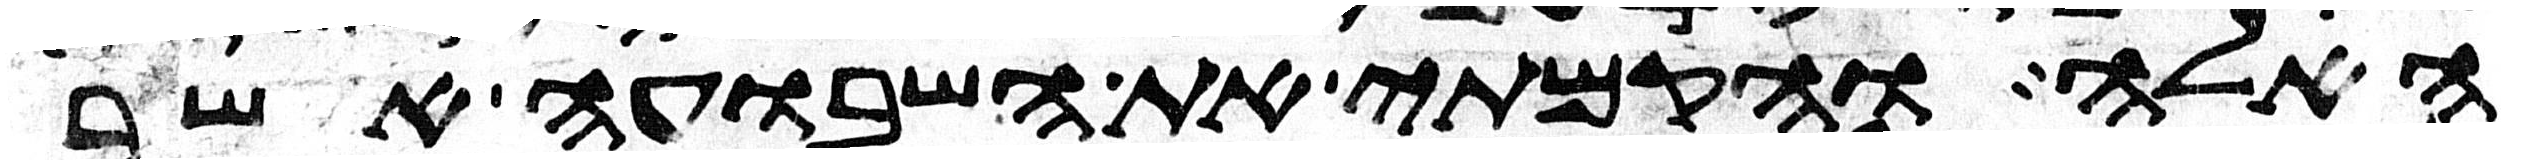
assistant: האלה והקמתי את השבועה אשר